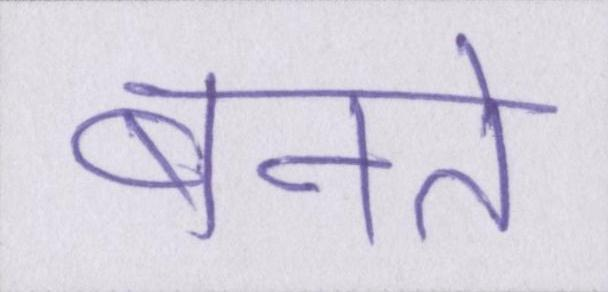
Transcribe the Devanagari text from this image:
बनते